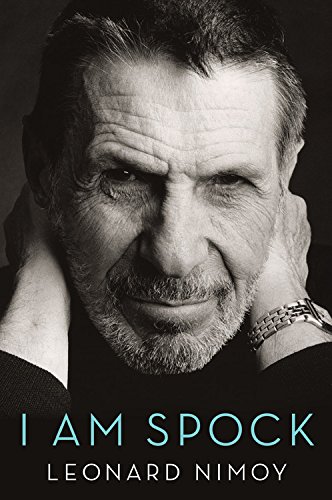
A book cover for I Am Spock; Leonard Nimoy; Biographies & Memoirs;